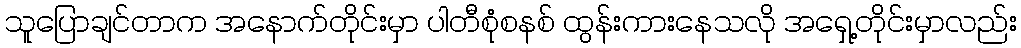
သူပြောချင်တာက အနောက်တိုင်းမှာ ပါတီစုံစနစ် ထွန်းကားနေသလို အရှေ့တိုင်းမှာလည်း